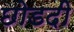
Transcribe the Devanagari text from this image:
छोडदी